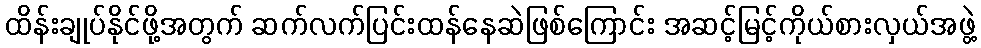
ထိန်းချုပ်နိုင်ဖို့အတွက် ဆက်လက်ပြင်းထန်နေဆဲဖြစ်ကြောင်း အဆင့်မြင့်ကိုယ်စားလှယ်အဖွဲ့